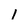
Character: l